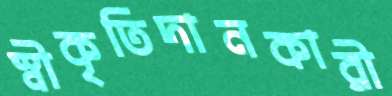
স্বীকৃতিদানকারী